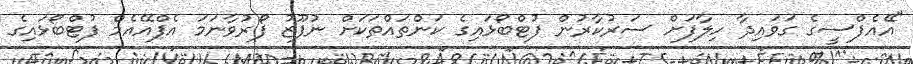
"އޭއެފްސީގެ ގަވައިދާ ހިލާފަށް ސަރުކާރުން ފުޓްބޯޅައިގެ ކަންތައްތަކަށް ނުފޫޒު ފޯރުވާނަމަ އެފްއޭއެމް ފުޓްބޯޅައިގެ